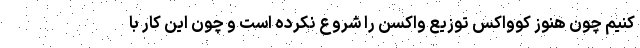
کنیم چون هنوز کوواکس توزیع واکسن را شروع نکرده است و چون این کار با